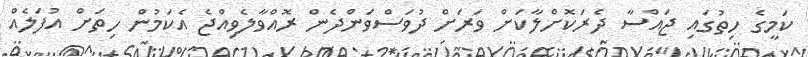
ކަމީގެ ހިތުގައި ޖައްސާ ދެރަކޮށްލާކަށް ވަރަށް ދުވަސްވަންދެން ރޮއްވާލެވިއްޖެ އެކަމުން ހިތަށް އުފަލެއް